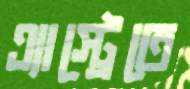
এ্যাস্ট্রেতে